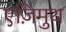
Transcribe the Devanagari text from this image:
एज़िमुथ